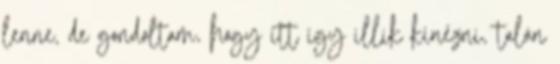
lenne, de gondoltam, hogy itt így illik kinézni, talán